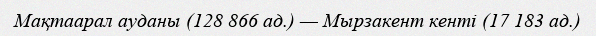
Мақтаарал ауданы (128 866 ад.) — Мырзакент кенті (17 183 ад.)